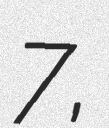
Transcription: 7,